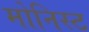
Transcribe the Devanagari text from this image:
मोनिस्ट